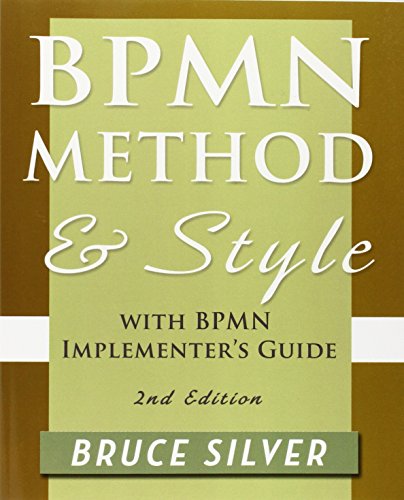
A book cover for Bpmn Method and Style, 2nd Edition, with Bpmn Implementer's Guide: A Structured Approach for Business Process Modeling and Implementation Using Bpmn 2; Bruce Silver; Computers & Technology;